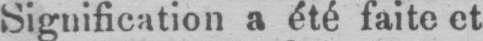
Signification a été faite et